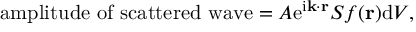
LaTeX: { \mathrm { a m p l i t u d e ~ o f ~ s c a t t e r e d ~ w a v e } } = A \mathrm { e } ^ { \mathrm { i } \mathbf { k } \cdot \mathbf { r } } S f ( \mathbf { r } ) \mathrm { d } V ,